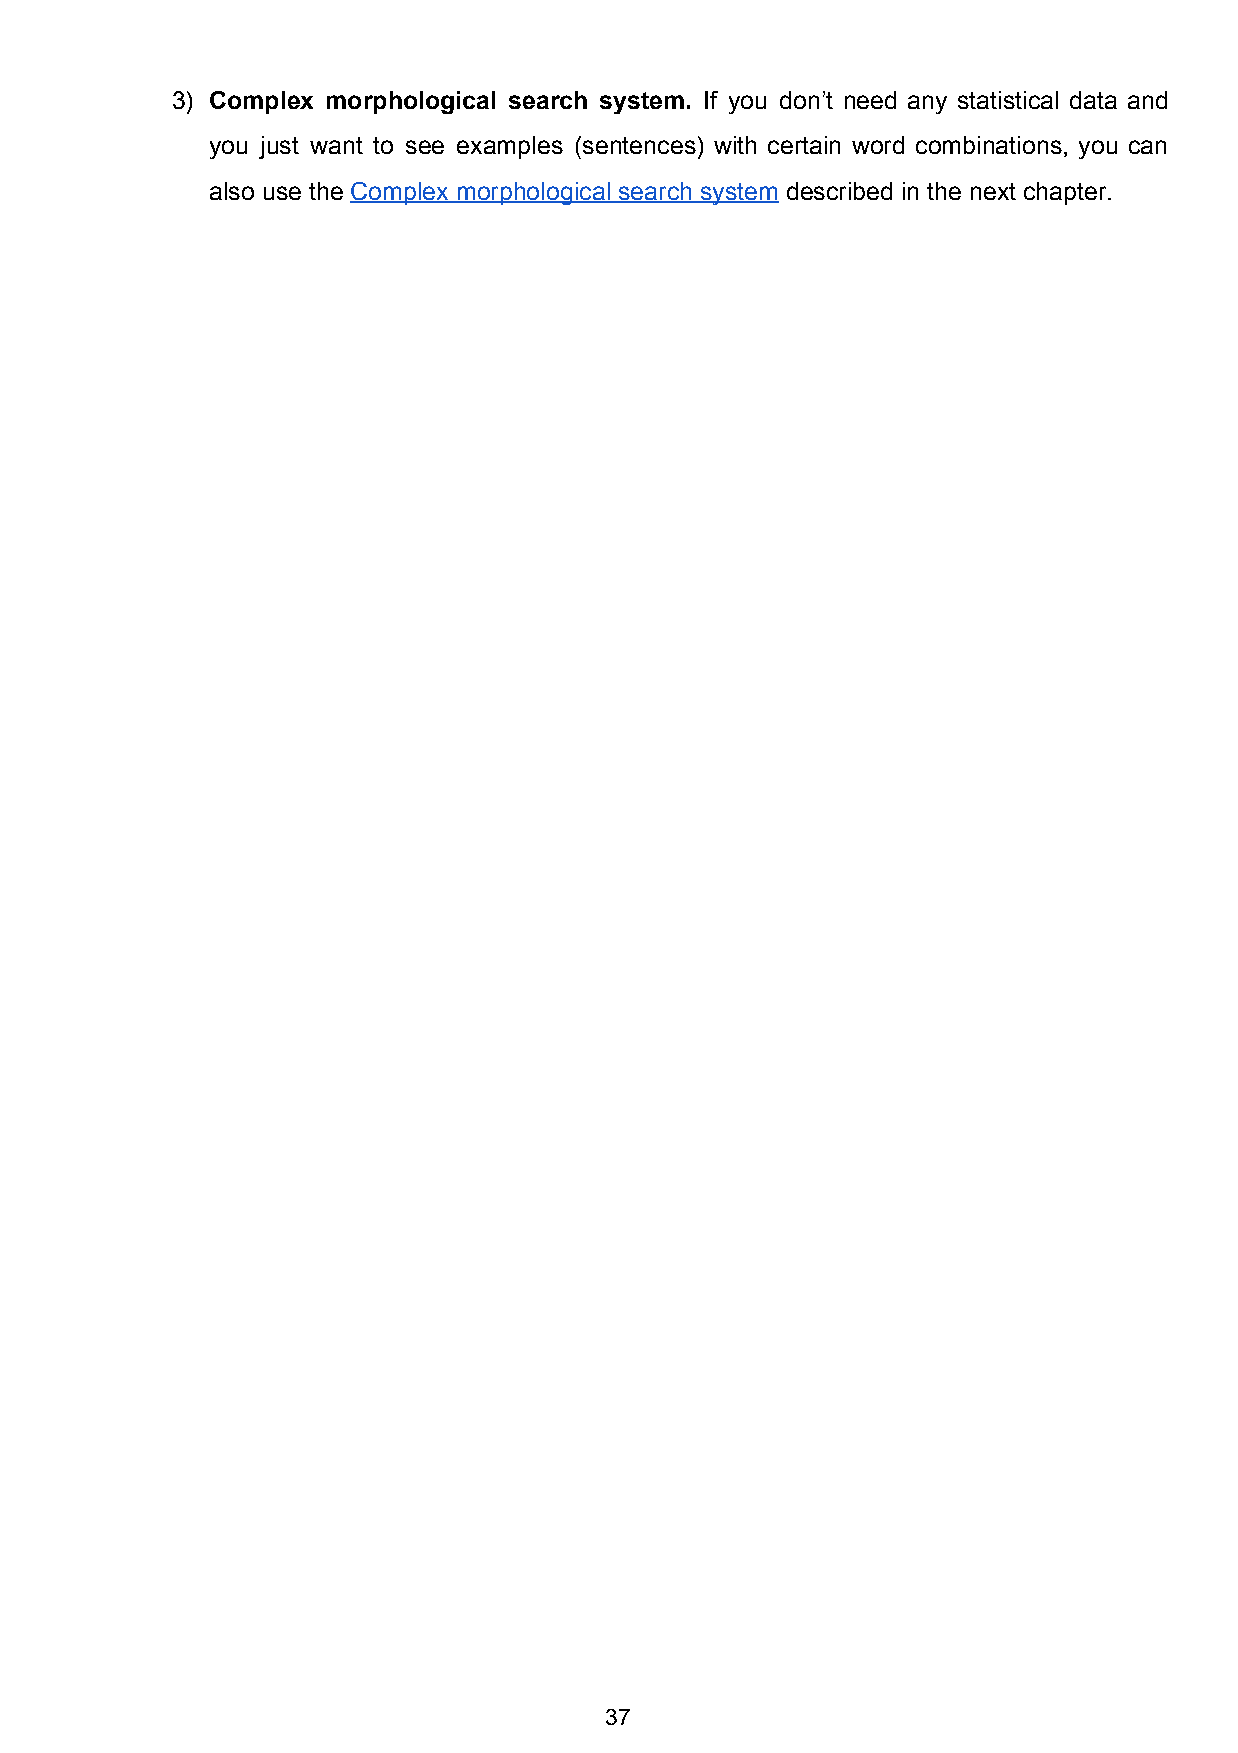
3) Complex morphological search system. If you don’t need any statistical data and
 ​
 you just want to see examples (sentences) with certain word combinations, you can
 also use the Complex morphological search system described in the next chapter.
 ​                            ​
 37